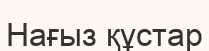
Нағыз құстар